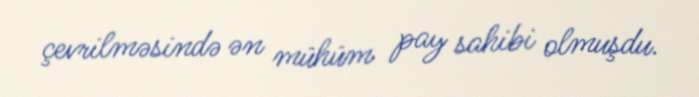
çevrilməsində ən mühüm pay sahibi olmuşdu.